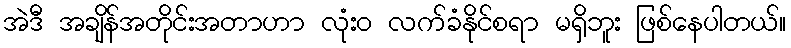
အဲဒီ အချိန်အတိုင်းအတာဟာ လုံး၀ လက်ခံနိုင်စရာ မရှိဘူး ဖြစ်နေပါတယ်။